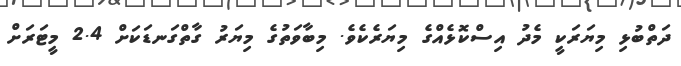
ދަތްބުޅި މިޔަރަކީ މެދު އިސްކޮޅެއްގެ މިޔަރެކެވެ. މިބާވަތުގެ މިޔަރު ގާތްގަނޑަކަށް 2.4 މީޓަރަށް